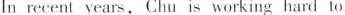
In recent years, Chu is working hard to